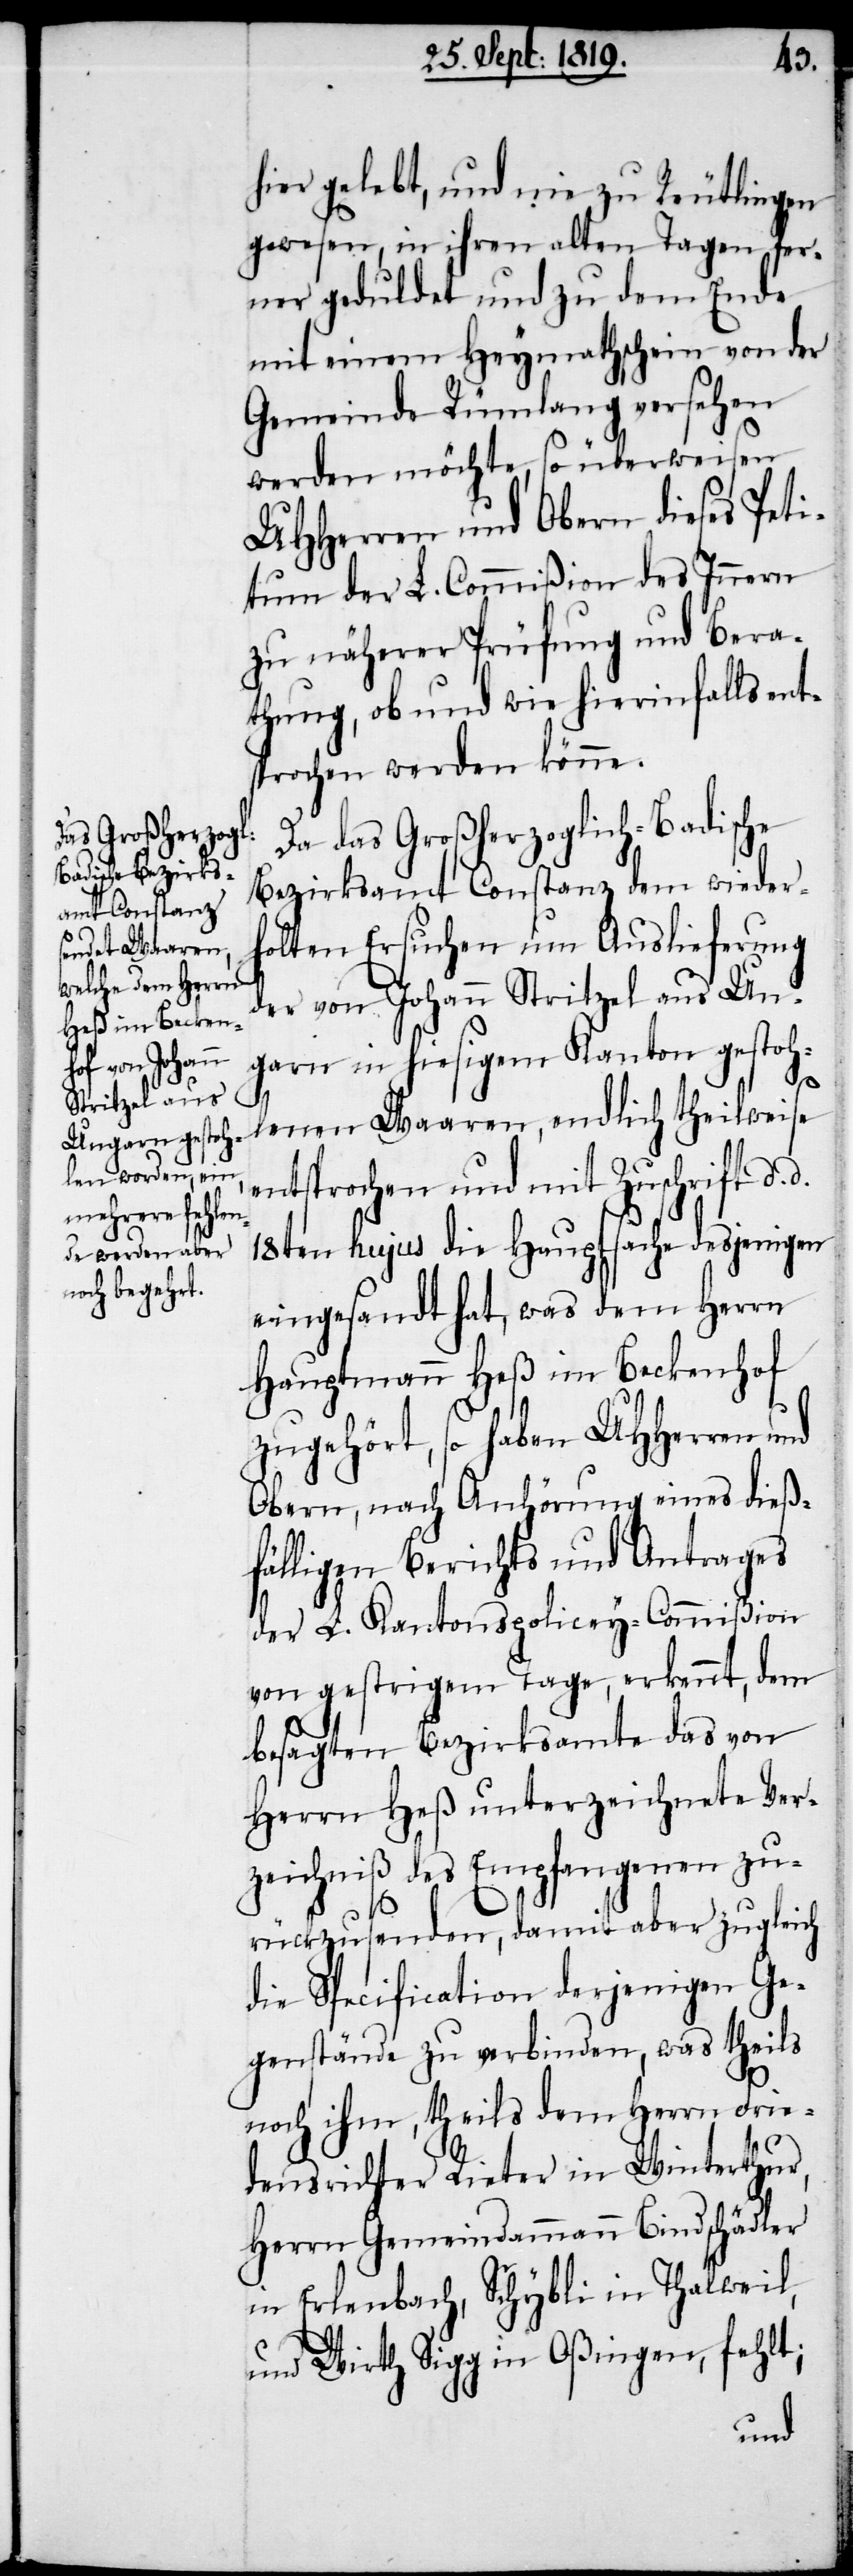
hier gelebt, und nie zu Reutlingen
gewesen, in ihren alten Tagen fer¬
ner geduldet und zu dem Ende
mit einem Heymathschein von der
Gemeinde Rümlang versehen
werden möchte, so überweisen
UHHerren und Obern dieses Peti¬
tum der L. Commißion des Innern
zu näherer Prüfung und Bera¬
thung, ob und wie hierinfalls ent¬
sprochen werden könne.
Da das Großherzoglich-Badische
Bezirksamt Constanz dem wieder¬
holten Ersuchen um Auslieferung
der von Johann Stritzel aus Un¬
garn in hiesigem Kanton gestoh¬
d.
lenen Waaren, endlich theilweise
entsprochen und mit Zuschrift d.
18ten hujus die Hauptsache desjenigen
eingesandt hat, was dem Herrn
Hauptmann Heß im Beckenhof
zugehört, so haben UHHerren und
Obern, nach Anhörung eines dieß¬
fälligen Berichts und Antrages
der L. Kantonspolicey-Commißion
von gestrigem Tage, erkennt, dem
besagten Bezirksamte das von
Herrn Heß unterzeichnete Ver¬
zeichniß des Empfangenen zu¬
rückzusenden, damit aber zugleich
die Specification derjenigen Ge¬
genstände zu verbinden, was theils
noch ihm, theils dem Herrn Frie¬
densrichter Rieter in Winterthur,
Herrn Gemeindammann Bindschädler
in Erlenbach, Schybli in Thalweil,
und Wirth Sigg in Oßingen, fehlt;